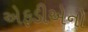
એફડીએનો